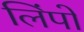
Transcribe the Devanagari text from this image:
लिंपो